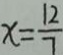
x = \frac { 1 2 } { 7 }